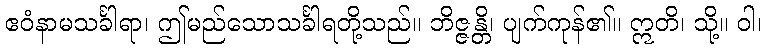
ဧဝံနာမသင်္ခါရာ၊ ဤမည်သောသင်္ခါရတို့သည်။ ဘိဇ္ဇန္တိ၊ ပျက်ကုန်၏။ ဣတိ၊ သို့။ ဝါ၊